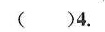
（）4.